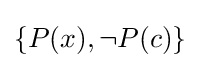
\{P(x),\neg P(c)\}